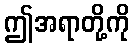
ဤအရာတို့ကို